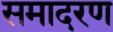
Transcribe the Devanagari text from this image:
समादरण